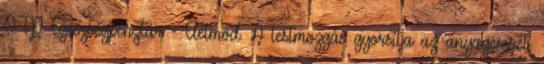
OTP Egészségpénztár - Életmód. A testmozgás gyorsítja az anyagcserét,